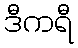
ဒီကရီ